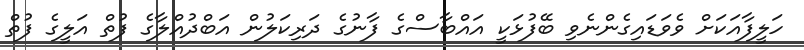
ހަލީފާއަކަށް ވެވަޑައިގެންނެވި ބޭފުޅަކީ އައްބާސްގެ ފާނުގެ ދަރިކަލުން އަބްދުއްލާގެ ފުތް އަލީގެ ފުތް